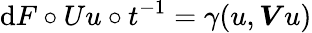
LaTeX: \mathrm{d}F\circ Uu\circ t^{-1}=\gamma(u,\boldsymbol{V}u)